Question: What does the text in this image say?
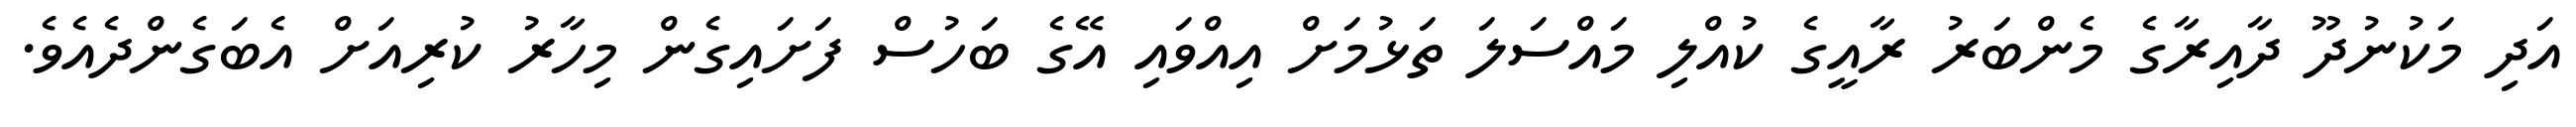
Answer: އަދި މަކުނުދޫ ދާއިރާގެ މެންބަރު ރާއީގެ ކުއްލި މައްސަލަ ތަޅުމަށް އިއްވައި އޭގެ ބަހުސް ފަށައިގެން މިހާރު ކުރިއަށް އެބަގެންދެއެވެ.